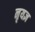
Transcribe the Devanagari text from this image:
नृयज्ञ